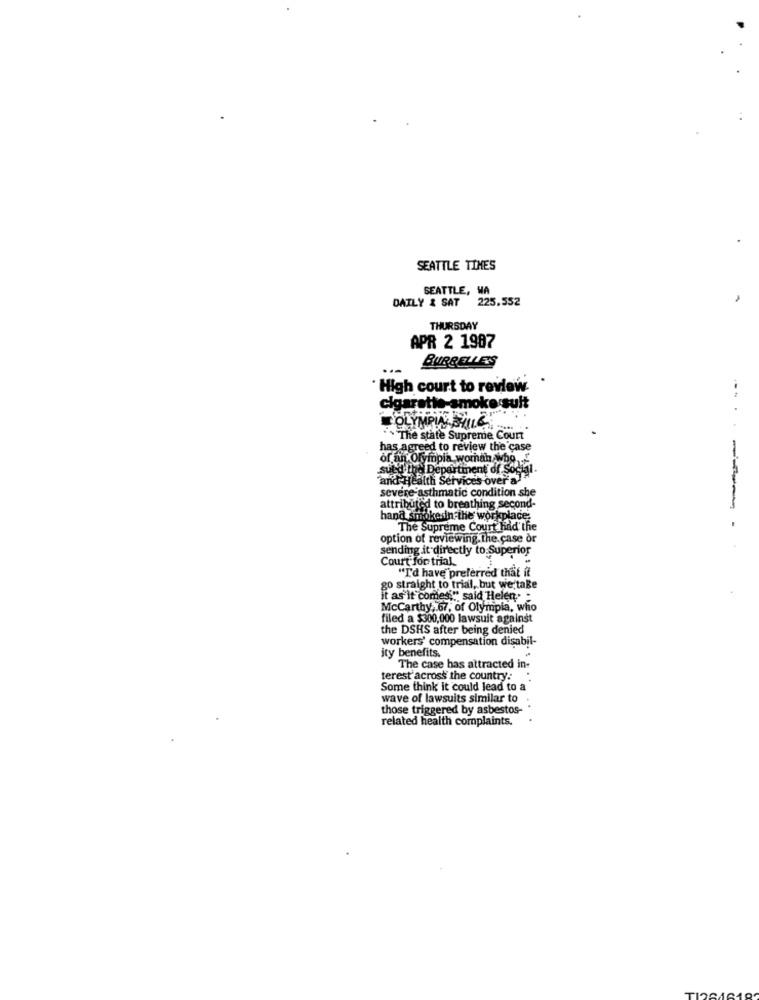
SEATTLE TIMES
SEATTLE, WA
DAILY & SAT 225.552
THURSDAY
APR 2 1987
BURBELLE'S
' High court to review
cigarette-smoke suit
OLYMPIA BILL6
** The state Supreme Court
has agreed to review the case
of an Olympia woman who
sutd the Department of Social.
and Health Services over a
severe asthmatic condition she
attributed to breathing second-
hana smokedin the workplace:
The Supreme Court had the
------- -
option of reviewing.the.case or
sending it directly to Superior
Court for trial.
"I'd have preferred that it
go straight to trial, but we take
it as it comes," said Helen
Mccarthy, 67, of Olympia, who
filed a $300,000 lawsuit against
the DSHS after being denied
workers' compensation disabil-
ity benefits.
The case has attracted in-
terest'across the country:
Some think it could lead to a
wave of lawsuits similar to .
those triggered by asbestos-
related health complaints.